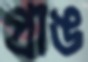
প্রাঙ